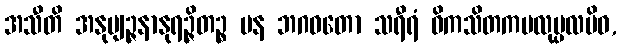
အသီတိ အနုဗျဉ္ဇနာနုရဉ္ဇိတဉ္စ ပန ဘဂဝတော သရီရံ ဝိကသိတကမလုပ္ပလမိဝ,